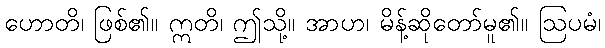
ဟောတိ၊ ဖြစ်၏။ ဣတိ၊ ဤသို့။ အာဟ၊ မိန့်ဆိုတော်မူ၏။ ဩပမံ၊